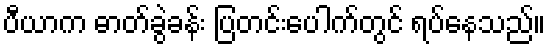
ပီယာက ဓာတ်ခွဲခန်း ပြတင်းပေါက်တွင် ရပ်နေသည်။